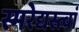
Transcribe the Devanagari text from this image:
स्मरेद्यस्त्वां